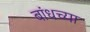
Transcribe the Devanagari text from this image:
बांधच्या